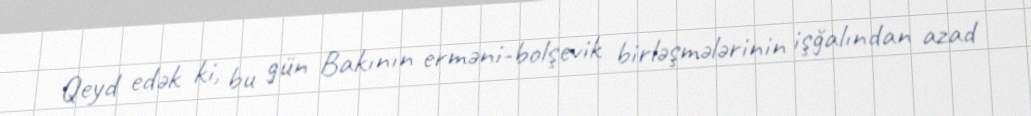
Qeyd edək ki, bu gün Bakının erməni-bolşevik birləşmələrinin işğalından azad